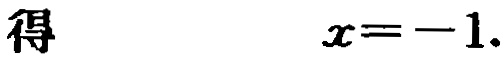
得 \(x = -1\).